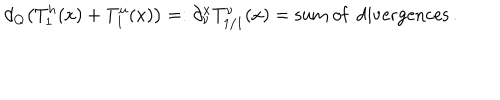
LaTeX: d _ { Q } \big ( T _ { 1 } ^ { h } ( x ) + T _ { 1 } ^ { u } ( x ) \big ) = : \partial _ { \nu } ^ { x } T _ { 1 / 1 } ^ { \nu } ( x ) = \mathrm { s u m ~ o f ~ d i v e r g e n c e s } \, .